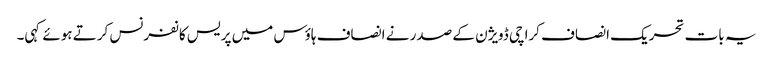
یہ بات تحریک انصاف کراچی ڈویژن کے صدر نے انصاف ہاؤس میں پریس کانفرنس کرتے ہوئے کہی۔